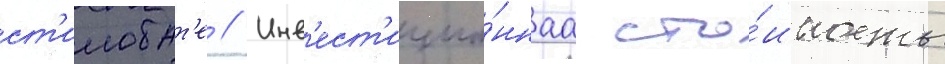
ст'илобат'е // Инв'ест'ицио́ннаа сто́имость